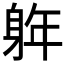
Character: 𮜵